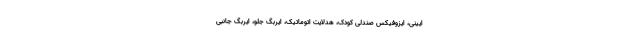
ایینی، ایزوفیکس صندلی کودک، هدلایت اتوماتیک، ایربگ جلو، ایربگ جانبی